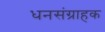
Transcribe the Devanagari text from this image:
धनसंग्राहक